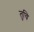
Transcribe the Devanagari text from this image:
तुचि